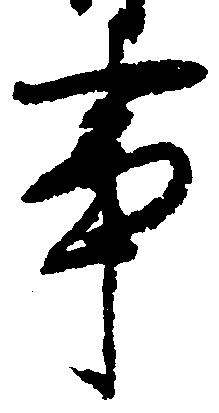
事